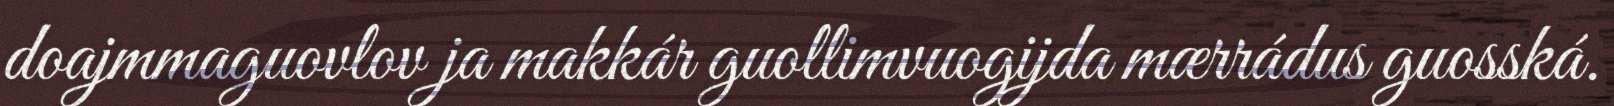
doajmmaguovlov ja makkár guollimvuogijda mærrádus guosská.